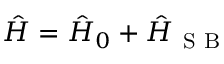
\begin{array} { r } { \hat { H } = \hat { H } _ { 0 } + \hat { H } _ { \mathrm { ~ S ~ B ~ } } } \end{array}